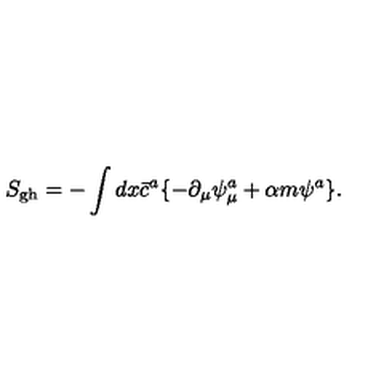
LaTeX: S _ { \mathrm { g h } } = - \int d x \bar { c } ^ { a } \{ - \partial _ { \mu } \psi _ { \mu } ^ { a } + \alpha m \psi ^ { a } \} .